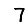
Digit: 7